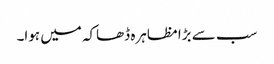
سب سے بڑا مظاہرہ ڈھاکہ میں ہوا۔